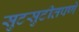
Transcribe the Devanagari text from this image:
सुटसुटीतपणे